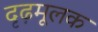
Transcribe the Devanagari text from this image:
दृढ़मूलक